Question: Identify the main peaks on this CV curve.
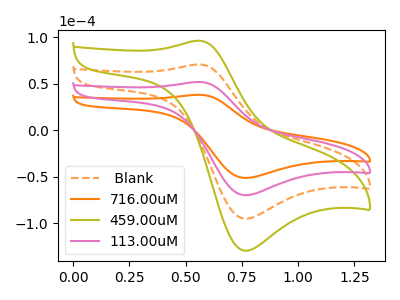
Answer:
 <answer>The orange dashed curve " Blank" has an anodic peak at (0.55V, 103.75uA) and a cathodic peak at (0.75V, -139.55uA). The orange curve "716.00uM" has an anodic peak at (0.55V, 38.10uA) and a cathodic peak at (0.75V, -51.25uA). The olive curve "459.00uM" has an anodic peak at (0.55V, 155.60uA) and a cathodic peak at (0.75V, -209.35uA). The pink curve "113.00uM" has an anodic peak at (0.55V, 51.85uA) and a cathodic peak at (0.75V, -69.80uA).</answer>
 <eval></eval>